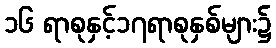
၁၆ ရာစုနှင့်၁၇ရာစုနှစ်များ၌